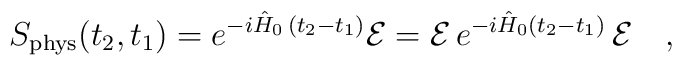
S_{\rm phys}(t_2,t_1)=e^{-i\hat{H}_0\,(t_2-t_1)}{\cal E}={\cal E}\,e^{-i\hat{H}_0(t_2-t_1)}\,{\cal E}\ \ \ ,